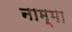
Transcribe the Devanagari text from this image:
नाम्मा